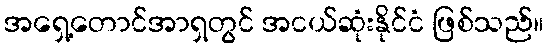
အရှေ့တောင်အာရှတွင် အငယ်ဆုံးနိုင်ငံ ဖြစ်သည်။